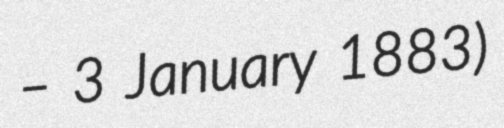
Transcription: – 3 January 1883)